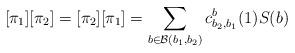
LaTeX: \begin{align*}[\pi_1][\pi_2] = [\pi_2][\pi_1] = \sum_{b\in \mathcal{B}(b_1,b_2)} c^b_{b_2,b_1}(1)S(b)\end{align*}